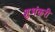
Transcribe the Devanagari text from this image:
शुभंकरी